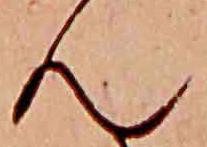
ん